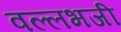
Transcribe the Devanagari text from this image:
वल्लभजी